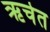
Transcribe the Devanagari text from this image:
ऋचेत